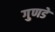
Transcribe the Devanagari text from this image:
गुणडे